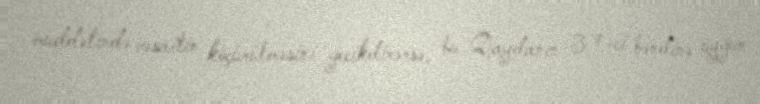
müddətində vəsaitin köçürülməsini gecikdirərsə, bu Qaydanın 3.7-ci bəndinə uyğun